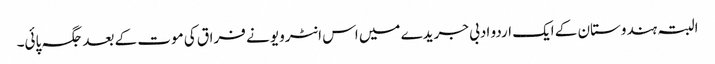
البتہ ہندوستان کے ایک اردو ادبی جریدے میں اس انٹرویو نے فراق کی موت کے بعد جگہ پائی۔